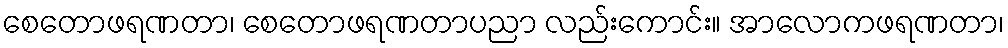
စေတောဖရဏတာ၊ စေတောဖရဏတာပညာ လည်းကောင်း။ အာလောကဖရဏတာ၊